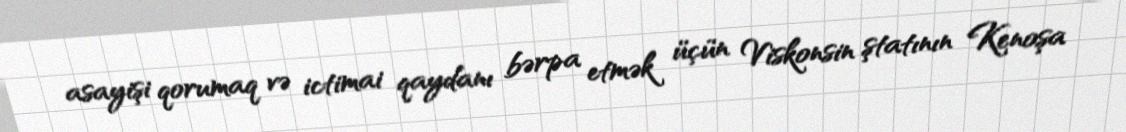
asayişi qorumaq və ictimai qaydanı bərpa etmək üçün Viskonsin ştatının Kenoşa